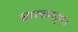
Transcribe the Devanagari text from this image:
सारख्यादुर्गम